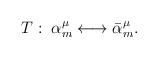
LaTeX: \begin{align*}T:\;\alpha_m^\mu \longleftrightarrow \bar{\alpha }_m^\mu .\end{align*}